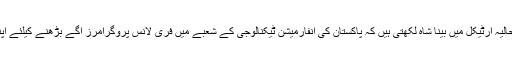
نیویارک ٹائمز کے ایک حالیہ آرٹیکل میں بینا شاہ لکھتی ہیں کہ پاکستان کی انفارمیشن ٹیکنالوجی کے شعبے میں فری لانس پروگرامرز آگے بڑھنے کیلئے اپنا راستہ خود بنا رہے ہیں۔